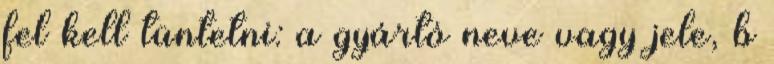
fel kell tüntetni: a gyártó neve vagy jele, b